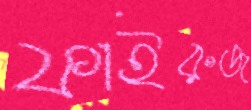
ফাইরুজ